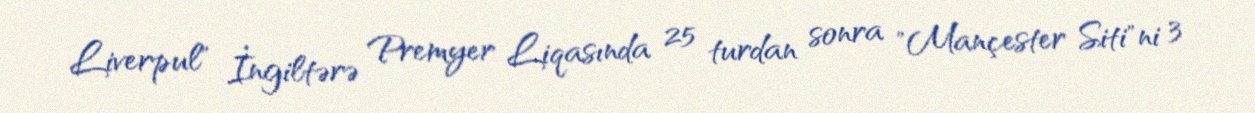
Liverpul" İngiltərə Premyer Liqasında 25 turdan sonra "Mançester Siti"ni 3